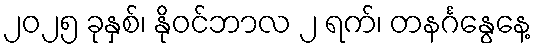
၂၀၂၅ ခုနှစ်၊ နိုဝင်ဘာလ ၂ ရက်၊ တနင်္ဂနွေနေ့